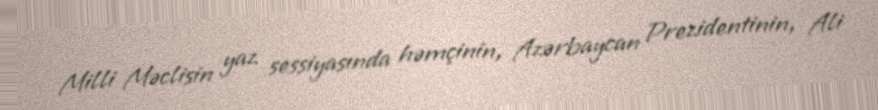
Milli Məclisin yaz sessiyasında həmçinin, Azərbaycan Prezidentinin, Ali